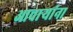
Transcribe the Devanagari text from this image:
आचार्‍यांना